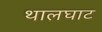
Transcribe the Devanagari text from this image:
थालघाट